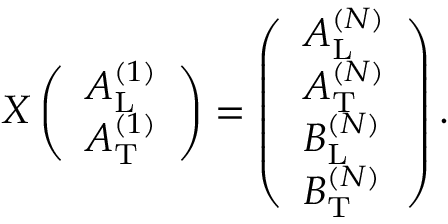
\begin{array} { r } { X \left( \begin{array} { l } { A _ { \mathrm { L } } ^ { ( 1 ) } } \\ { A _ { \mathrm { T } } ^ { ( 1 ) } } \end{array} \right) = \left( \begin{array} { l } { A _ { \mathrm { L } } ^ { ( N ) } } \\ { A _ { \mathrm { T } } ^ { ( N ) } } \\ { B _ { \mathrm { L } } ^ { ( N ) } } \\ { B _ { \mathrm { T } } ^ { ( N ) } } \end{array} \right) . } \end{array}